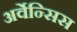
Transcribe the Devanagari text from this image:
अर्वेन्सिस